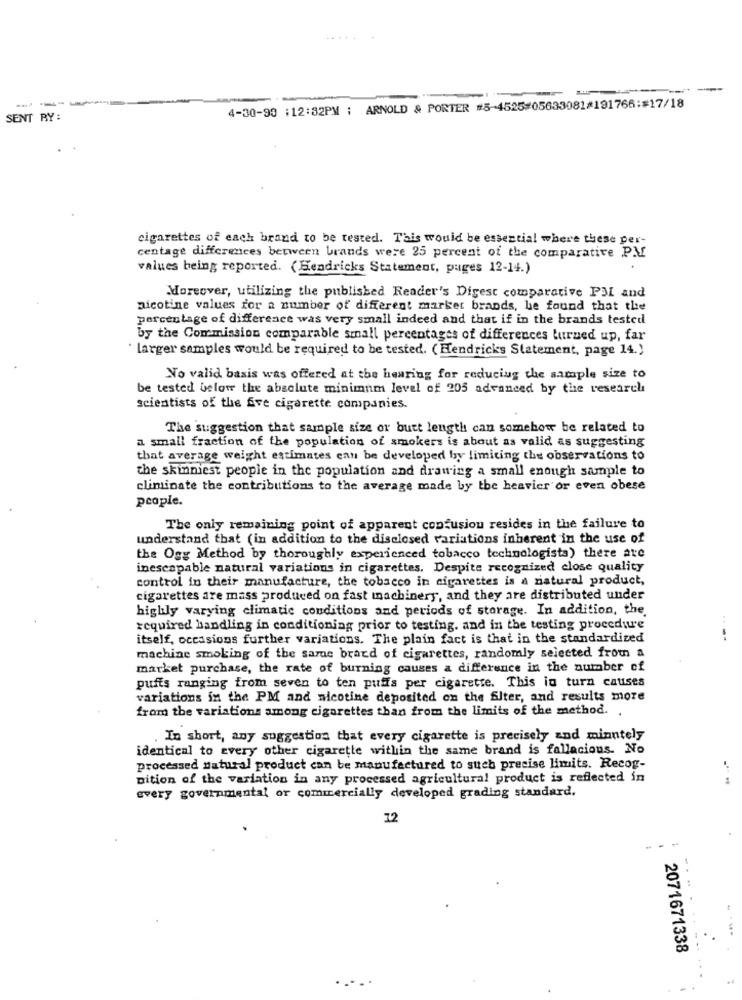
--
4-30-93 :12:32PM ; ARNOLD & PORTER #5-4525#05633081#191766:#17/18
SENT BY:
cigarettes of each brand to be tested. This would be essential where these per-
centage differences between brands were 25 percent of the comparative PM
values being reported. (Hendricks Statement, pages 12-14.)
Moreover, utilizing the published Reader's Digest comparative PIL and
nicotine values for a number of different market brands, he found that the
percentage of difference was very small indeed and that if in the brands tested
by the Commission comparable small percentages of differences turned up, far
* larger samples would be required to be tested. (Hendricks Statement, page 14.)
No valid basis was offered at the hearing for reducing the sample size to
be tested below the absolute minimum level of 205 advanced by the research
scientists of the five cigarette companies.
The suggestion that sample size or butt length can somehow be related to
a small fraction of the population of smokers is about as valid as suggesting
that average weight estimates can be developed by limiting the observations to
the skinniest people in the population and drawing a small enough sample to
eliminate the contributions to the average made by the heavier or even obese
people.
The only remaining point of apparent confusion resides in the failure to
understand that (in addition to the disclosed variations inherent in the use of
the Ogg Method by thoroughly experienced tobacco technologista) there are
inescapable natural variations in cigarettes. Despite recognized close quality
control in their manufacture, the tobacco in cigarettes is a natural product,
cigarettes are mass produced on fast machinery, and they are distributed under
highly varying climatic conditions and periods of storage. In addition, the.
required handling in conditioning prior to testing, and in the testing procedure
itself, occasions further variations. The plain fact is that in the standardized
machine smoking of the same brand of cigarettes, randomly selected from a
market purchase, the rate of burning causes a difference in the number of
puits ranging from seven to ten puffs per cigarette. This in turn causes
variations in the PM and nicotine deposited on the Siter, and results more
from the variations among cigarettes than from the limits of the method.
In short, any suggestion that every cigarette is precisely and minntely
identical to every other cigarette within the same brand is fallacious. No
processed natural product can be manufactured to such precise limits. Recog-
Dition of the variation in any processed agricultural product is reflected in
every governmental or commercially developed grading standard.
12
...
.---
2071671338